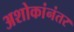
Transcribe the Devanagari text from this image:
अशोकांनंतर